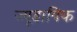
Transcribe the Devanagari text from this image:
ज्यूडायिक